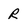
Character: R